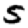
Digit: 5